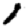
Digit: 1